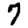
Digit: 7